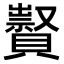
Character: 𧸆